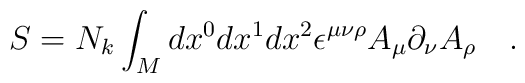
S=N_k\int_Mdx^0dx^1dx^2\epsilon^{\mu\nu\rho} A_\mu\partial_\nu A_\rho\ \ \ .